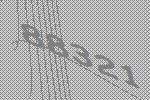
88321